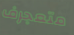
متعجرف